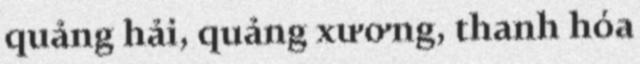
quảng hải, quảng xương, thanh hóa